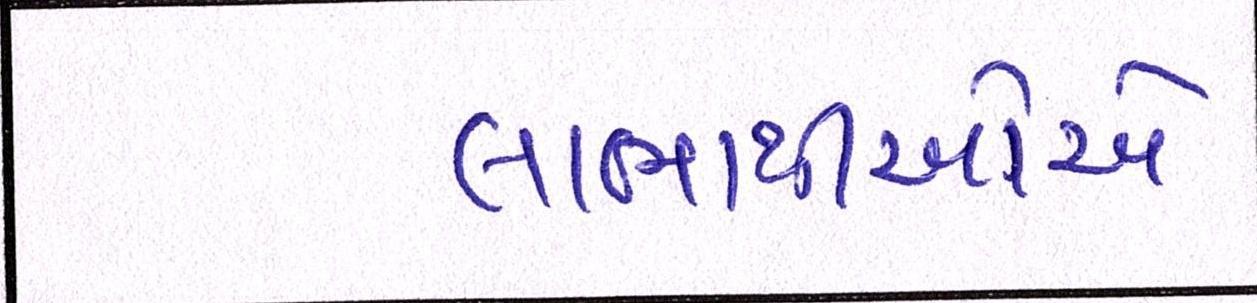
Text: લાભાર્થીઓએ